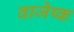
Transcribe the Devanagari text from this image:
वाजेष्क